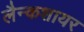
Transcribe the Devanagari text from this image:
लैन्कशायर